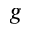
g